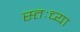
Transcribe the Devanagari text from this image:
स्तःच्या